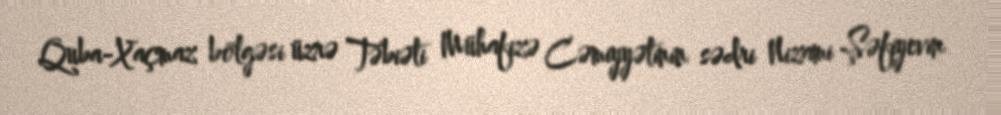
Quba-Xaçmaz bölgəsi üzrə Təbiəti Mühafizə Cəmiyyətinin sədri Nizami Şəfiyevin